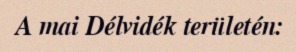
A mai Délvidék területén: